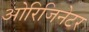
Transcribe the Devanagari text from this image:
ओरिजिनेटर